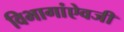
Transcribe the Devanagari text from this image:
विभागांऐवजी